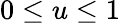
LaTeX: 0\leq u\leq 1